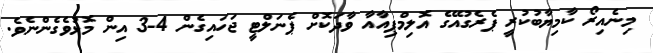
މިނެއިރޯ ކާމިޔާބުކުރީ ޕެރެގުއޭގެ އޮލިމްޕިއާއާ ވާދަކޮށް ޕެނަލްޓީ ޖަހައިގެން 4-3 އިން މޮޅުވެގެންނެވެ.